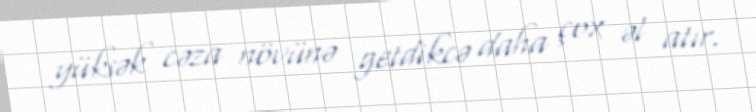
yüksək cəza növünə getdikcə daha çox əl atır.